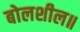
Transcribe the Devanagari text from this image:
बोलशील॥